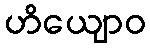
ဟိယျောဝ